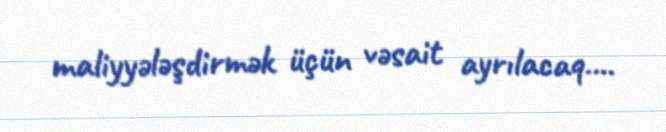
maliyyələşdirmək üçün vəsait ayrılacaq....